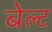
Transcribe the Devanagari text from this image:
बेल्‍ट